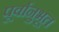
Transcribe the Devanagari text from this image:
पूर्वानुभूत